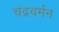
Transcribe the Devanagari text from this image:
चंद्रवर्मन